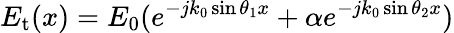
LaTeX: E_{\mathrm{t}}(x)=E_{\mathrm{0}}(e^{-jk_{0}\sin\theta_{\mathrm{1}}x}+\alpha e^{-jk_{0}\sin\theta_{\mathrm{2}}x})